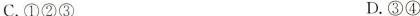
C. ①②③ D. ③④